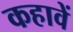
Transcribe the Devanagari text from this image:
कहावें